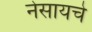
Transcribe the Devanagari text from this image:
नेसायचे